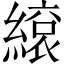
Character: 𦄣